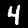
Digit: 4